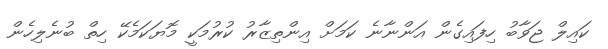
ކައިލް ޖަވާބު ހިފައިގެން އަންނާނެ ކަމަށް އިންތިޒާރު ކުރުމަކީ މޮޔަކަމެކޭ ހިތް ބުނެލިހެން